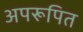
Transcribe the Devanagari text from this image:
अपरूपित